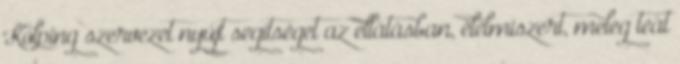
Kolping szervezet nyújt segítséget az ellátásban, élelmiszert, meleg teát